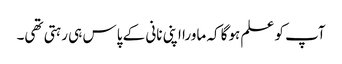
آپ کو علم ہوگا کہ ماورا اپنی نانی کے پاس ہی رہتی تھی۔